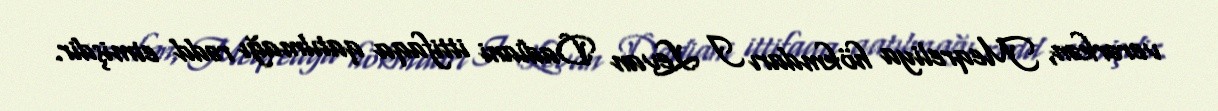
verərkən, Meqreliya hökmdarı I Levan Dadiani ittifaqa qatılmağı rədd etmişdir.